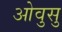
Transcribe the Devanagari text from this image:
ओवुसु